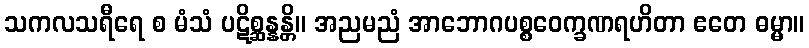
သကလသရီရေ စ မံသံ ပဋိစ္ဆန္နန္တိ။ အညမညံ အာဘောဂပစ္စဝေက္ခဏရဟိတာ ဧတေ ဓမ္မာ။